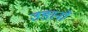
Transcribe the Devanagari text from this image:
उङानों